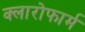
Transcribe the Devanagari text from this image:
क्लारोफार्म